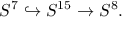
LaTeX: S ^ { 7 } \hookrightarrow S ^ { 1 5 } \to S ^ { 8 } .